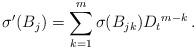
LaTeX: \begin{align*}{\sigma}^{\prime} (B_j)=\sum_{k=1}^m{\sigma}(B_{jk}) {D_t} ^{m-k}\,.\end{align*}